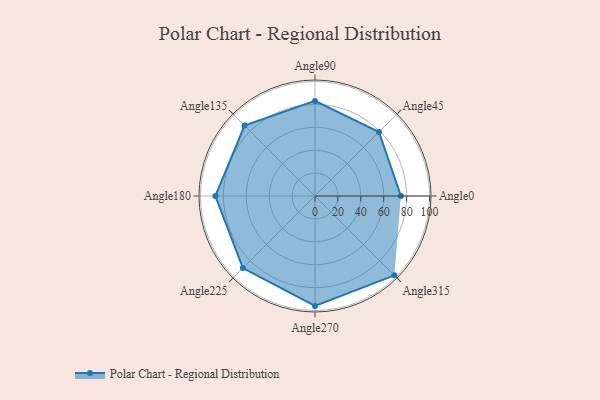
{"axis": {"x": "Angle", "y": "Radius"}, "legend": [""], "data": [{"x": "Angle0", "y": 75.0, "type": ""}, {"x": "Angle45", "y": 79.0, "type": ""}, {"x": "Angle90", "y": 83.0, "type": ""}, {"x": "Angle135", "y": 87.0, "type": ""}, {"x": "Angle180", "y": 87.0, "type": ""}, {"x": "Angle225", "y": 89.0, "type": ""}, {"x": "Angle270", "y": 96.0, "type": ""}, {"x": "Angle315", "y": 98.0, "type": ""}]}